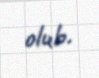
olub.